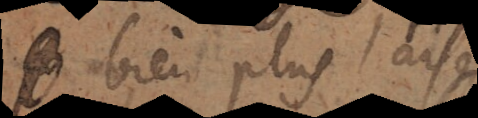
bien plus aisé